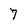
Character: 7